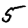
Digit: 5